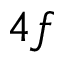
4 f